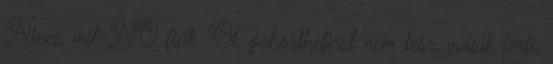
Nincs mit-NO fiúk. Ok gaborthefirst nem lesz másik férfi.